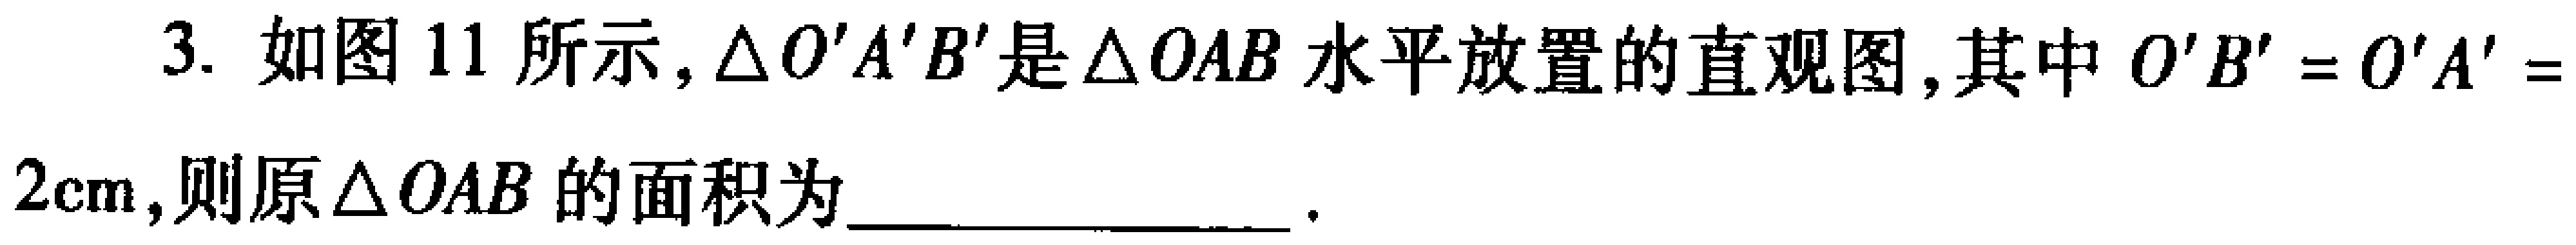
3. 如图11所示，\(\triangle O'A'B'\)是\(\triangle OAB\)水平放置的直观图，其中\(O'B' = O'A' = 2\text{cm}\)，则原\(\triangle OAB\)的面积为  __________________  。